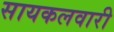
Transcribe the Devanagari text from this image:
सायकलवारी